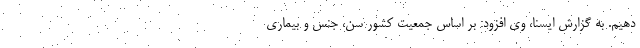
دهیم. به گزارش ایسنا، وی افزود: بر اساس جمعیت کشور سن، جنس و بیماری